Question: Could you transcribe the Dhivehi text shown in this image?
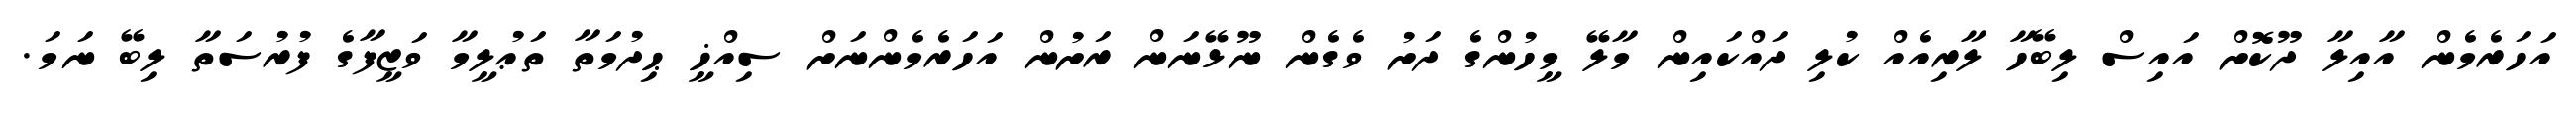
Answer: އަހަރެމެން އާއިލާ ދޫކޮށް އައިސް ލިބޭހާ ލާރިއެއް ކުލި ދައްކައިން މާލޭ މީހުންގެ ދަށު ވެގެން ނޫޅޭނަން ރަށުން އަހަރެމެންނަށް ސިއްޚީ ޙިދުމަތާ ތަޢުލީމާ ވަޒީފާގެ ފުރުސަތާ ލިބޭ ނަމަ.